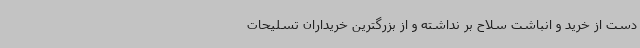
دست از خرید و انباشت سلاح بر نداشته و از بزرگترین خریداران تسلیحات